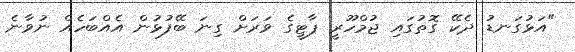
"އަޅުގަނޑު ދެކޭ ގޮތުގައި ޖުމްހޫރީ ޕާޓީގެ ވަރަށް ގިނަ ބޭފުޅުން އެއްބަހެއް ނުވާނެ